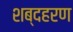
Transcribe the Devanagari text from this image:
शब्दहरण